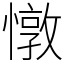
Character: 憞